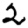
Digit: 2